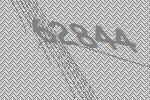
62844